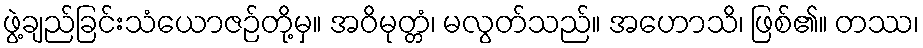
ဖွဲ့ချည်ခြင်းသံယောဇဉ်တို့မှ။ အဝိမုတ္တံ၊ မလွတ်သည်။ အဟောသိ၊ ဖြစ်၏။ တဿ၊